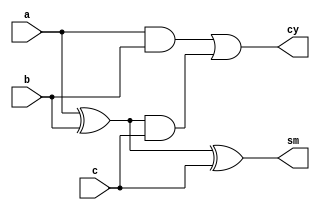
`timescale 1ns/1ps
module FA(a,b,c,sm,cy);  //Area:7
input a,b,c;
output cy,sm;
wire x,y,z;
xor #0.2 x1(x,a,b);
xor #0.2 x2(sm,x,c);
and #0.1 a1(y,a,b);
and #0.1 a2(z,x,c);
or #0.1 o1(cy,y,z);
endmodule